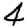
Digit: 4